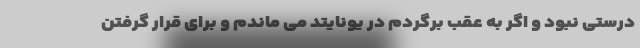
درستی نبود و اگر به عقب برگردم در یونایتد می ماندم و برای قرار گرفتن